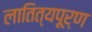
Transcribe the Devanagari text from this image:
लातित्यपूर्ण